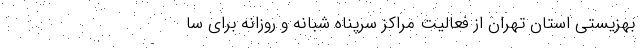
بهزیستی استان تهران از فعالیت مراکز سرپناه شبانه و روزانه برای سا